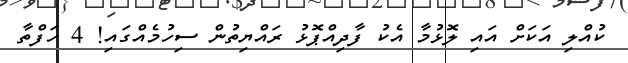
ކުއްލި އަކަށް އައި ލޮޅުމާ އެކު ފާދިއްޕޮޅު ރައްޔިތުން ސިހުމެއްގައި! 4 ހަފްތާ